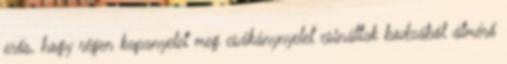
erős, hogy régen kapanyelet meg csákánynyelet csináltak bodzából átmérő